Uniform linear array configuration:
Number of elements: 24
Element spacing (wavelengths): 0.25
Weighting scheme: blackman
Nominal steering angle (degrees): -60
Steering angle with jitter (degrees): -59.585
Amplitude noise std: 0.05
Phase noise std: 0.05

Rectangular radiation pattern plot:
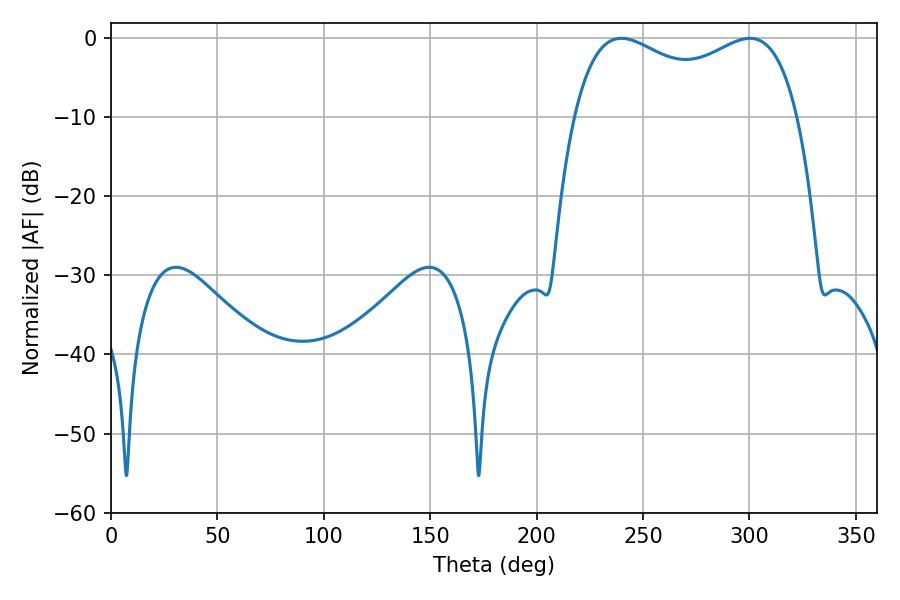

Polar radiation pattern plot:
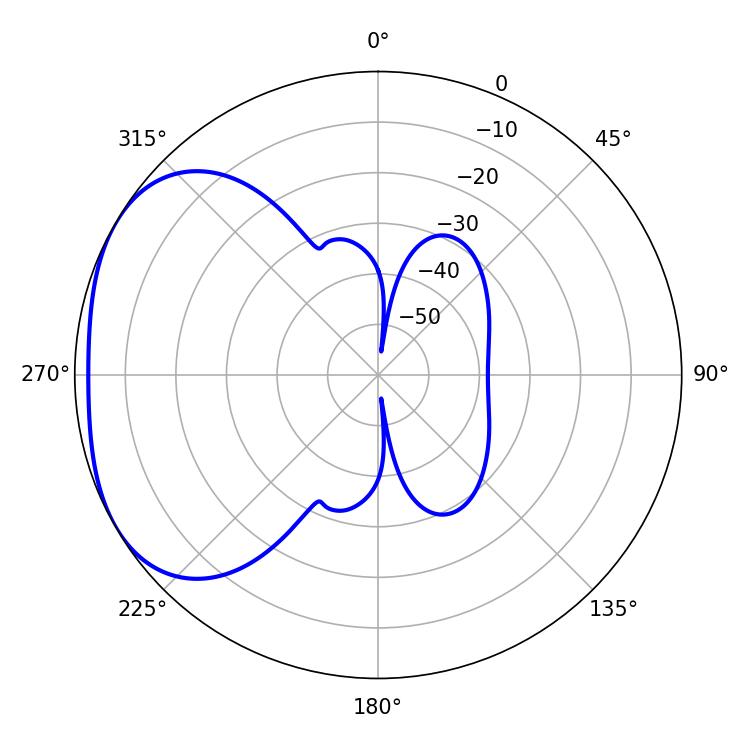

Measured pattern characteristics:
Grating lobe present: FALSE
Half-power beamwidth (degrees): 87.48
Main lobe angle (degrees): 239.76